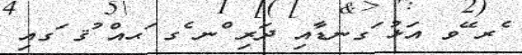
ެރ ޭވ އަޅު ަގނޑާއި ދަރި ްނ ެގ ަޙއް ުޤ ަގއި